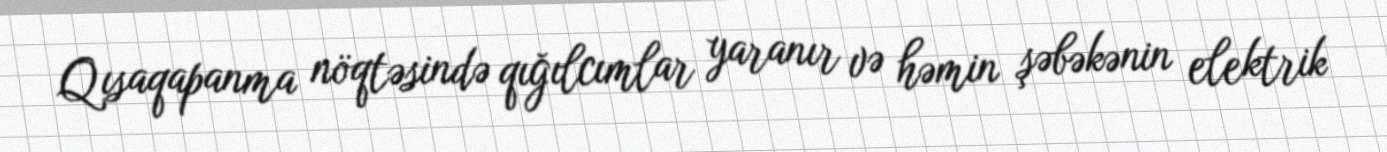
Qısaqapanma nöqtəsində qığılcımlar yaranır və həmin şəbəkənin elektrik